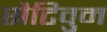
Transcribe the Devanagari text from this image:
सैटिवुम